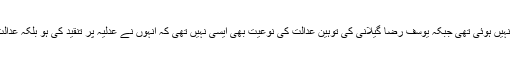
اس وقت سوائے یوسف رضاگیلانی کے کسی اور سیاسی رہنماکو توہین عدالت میں سزا بھی نہیں ہوئی تھی جبکہ یوسف رضا گیلانی کی توہین عدالت کی نوعیت بھی ایسی نہیں تھی کہ انہوں نے عدلیہ پر تنقید کی ہو بلکہ عدالت کی رائے یہ بنی کہ انہوںنے صدر زرداری سے متعلق اس کے فیصلے پر عمل نہیں کیا۔